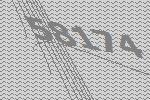
58174